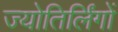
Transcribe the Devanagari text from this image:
ज्‍योतिर्लिंगों